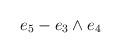
LaTeX: \begin{align*}e_{5}-e_{3}\wedge e_{4}\end{align*}